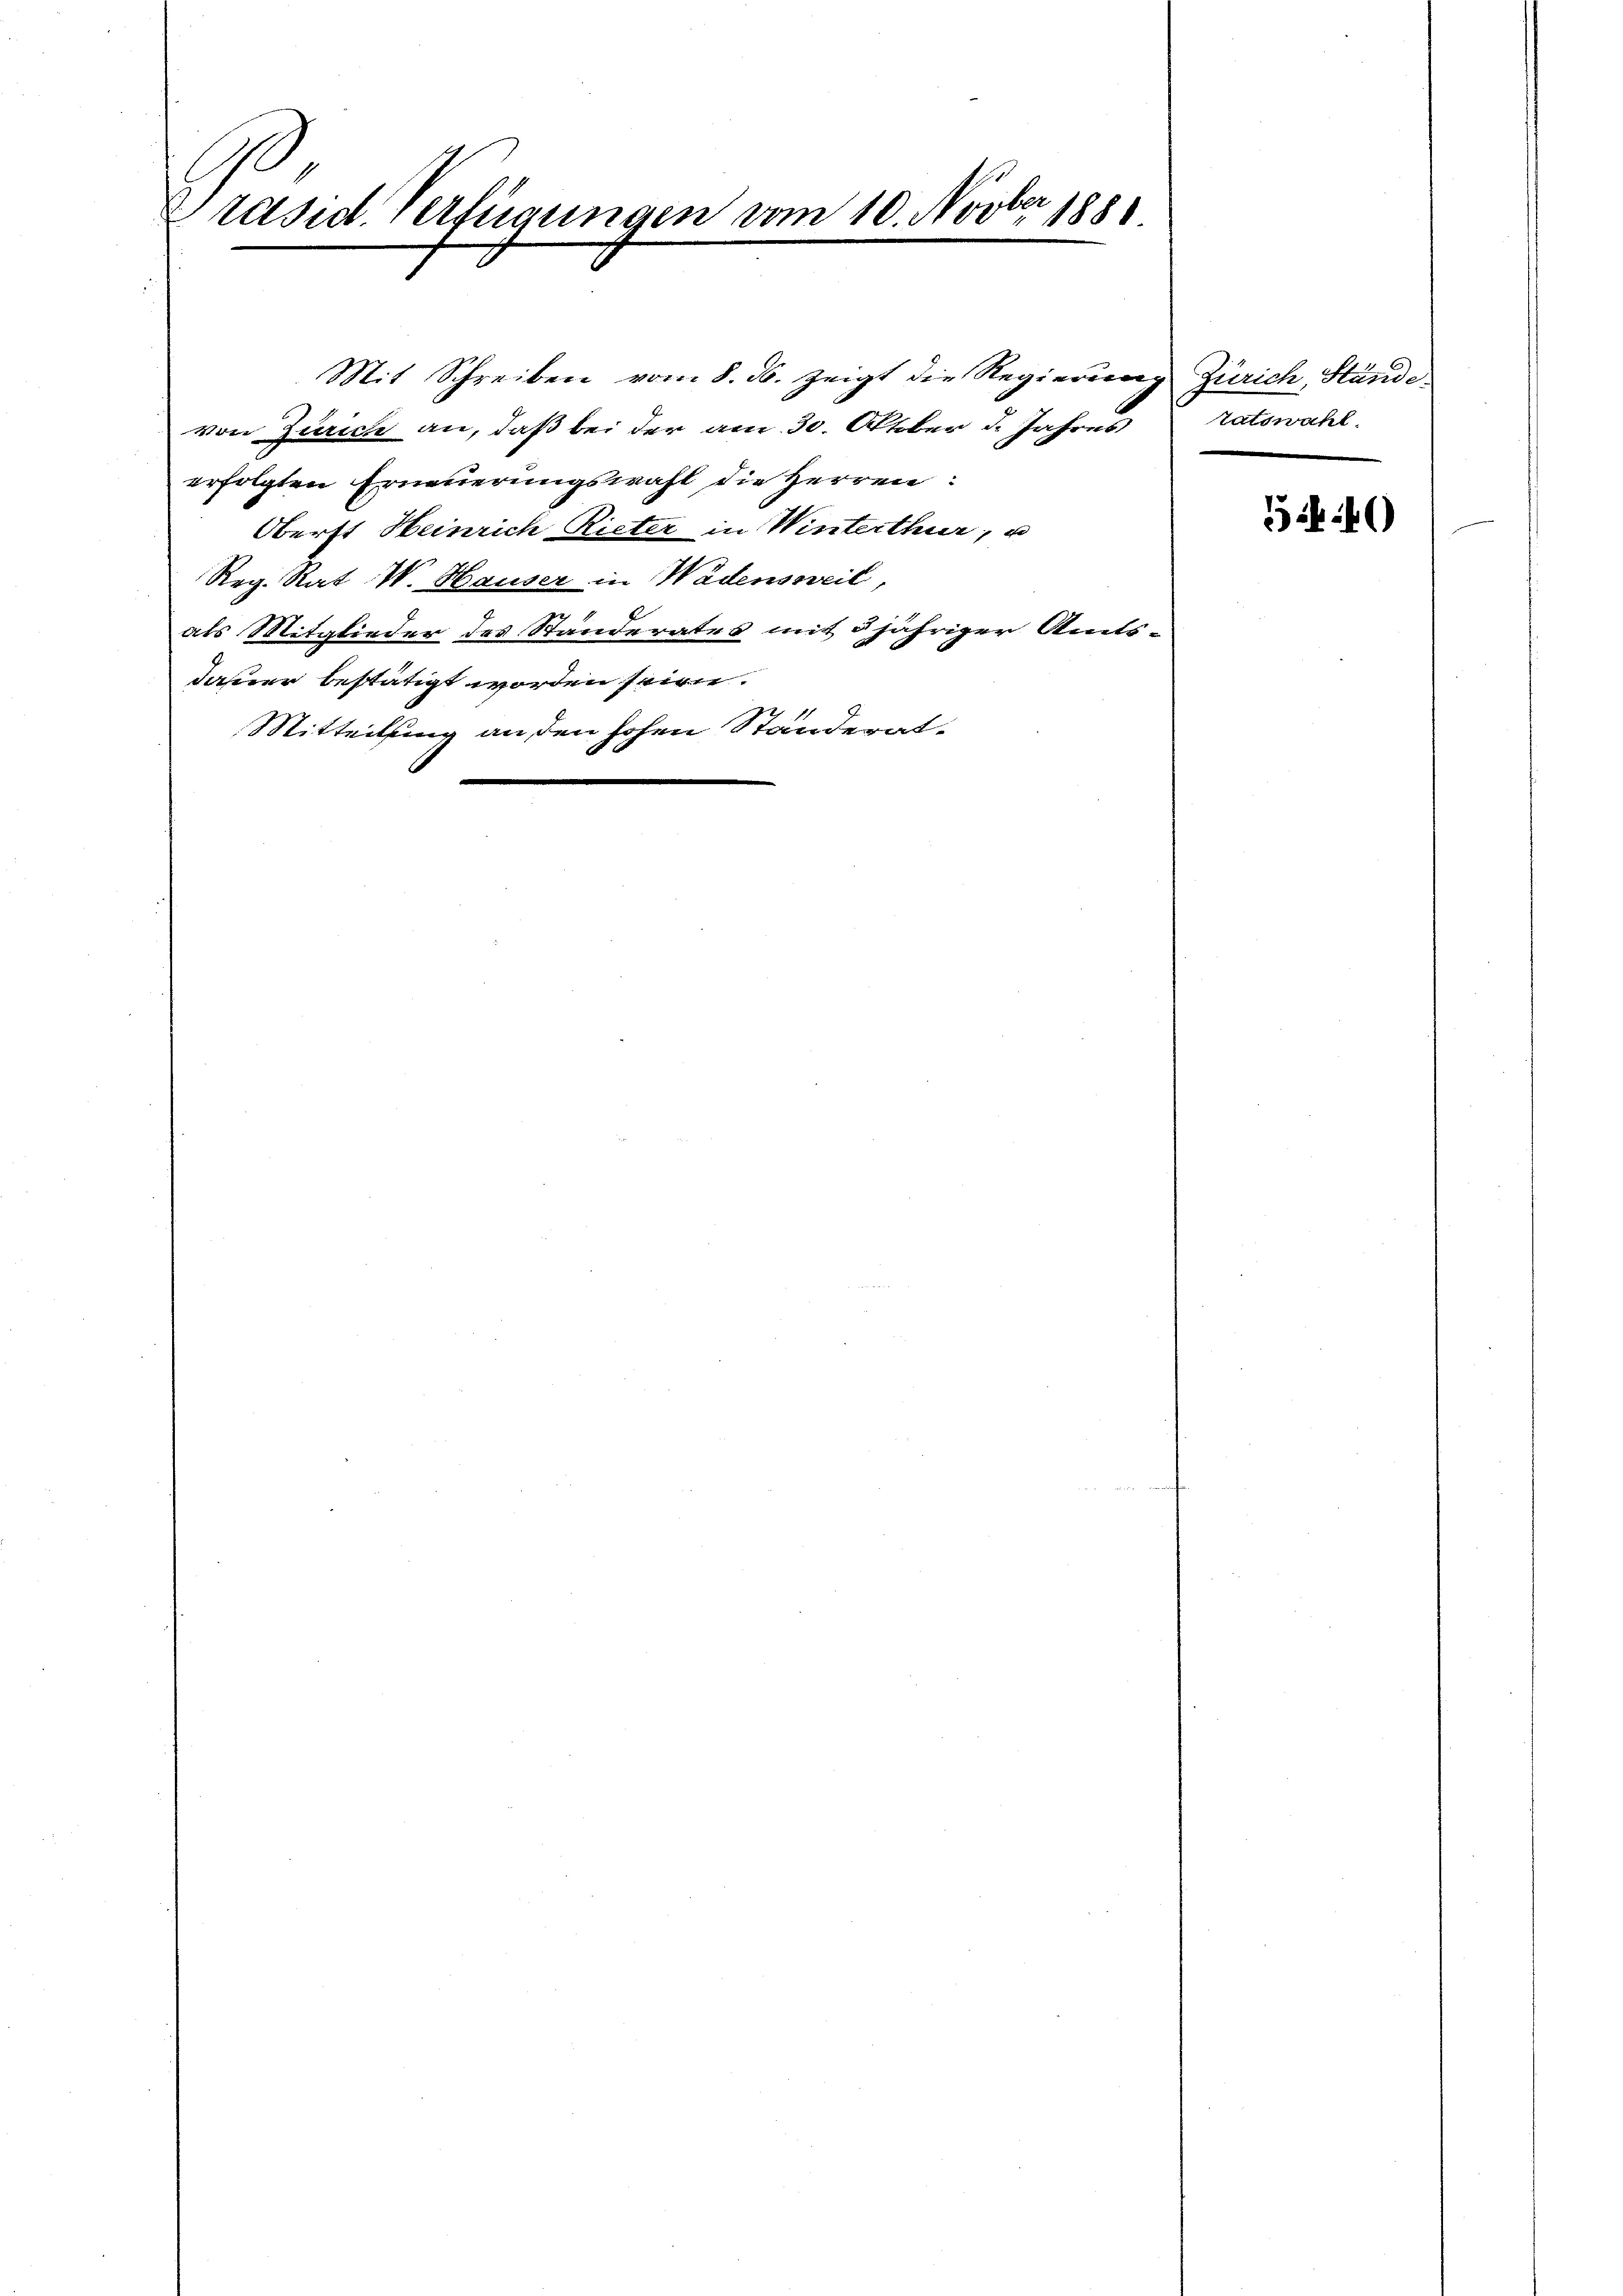
.
über
Präsid. Verfügungen vom 10. Nov. 1888.

Mit Schreiben vom 8. ds. zeigt die Regierung Zürich, Stande
von Zürich an, daß bei der am 30. Oktober d. Jahres tatswahl
erfolgten Erneuerungswahl die Herren:
Oberst Heinrich Rieter in Winterthur, u
N
Reg. Rat W. Hauser in Wadensweil,
als Mitglieder des Standerates mit 5 jähriger Amtsdaher bestätigt worden seine.
Mitteilung an den hohen Ständerat-

54)